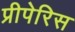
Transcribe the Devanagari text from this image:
प्रीपेरिस